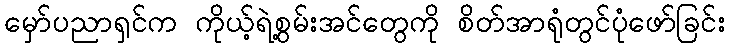
မှော်ပညာရှင်က ကိုယ့်ရဲ့စွမ်းအင်တွေကို စိတ်အာရုံတွင်ပုံဖော်ခြင်း